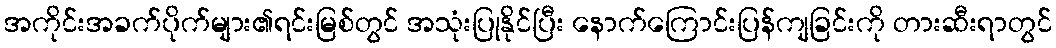
အကိုင်းအခက်ပိုက်များ၏ရင်းမြစ်တွင် အသုံးပြုနိုင်ပြီး နောက်ကြောင်းပြန်ကျခြင်းကို တားဆီးရာတွင်